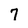
Character: 7